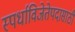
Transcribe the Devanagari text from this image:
स्पर्धाविजेतेपदासाठी